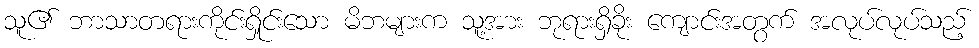
သူ၏ ဘာသာတရားကိုင်းရှိုင်းသော မိဘများက သူ့အား ဘုရားရှိခိုး ကျောင်းအတွက် အလုပ်လုပ်သည့်